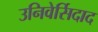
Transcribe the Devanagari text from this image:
उनिवेर्सिदाद